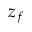
z _ { f }